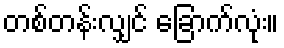
တစ်တန်းလျှင် ခြောက်လုံး။